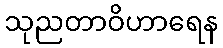
သုညတာဝိဟာရေန